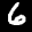
Label: 6